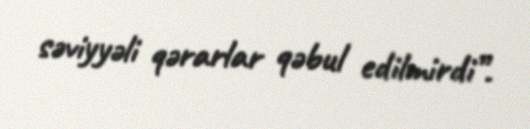
səviyyəli qərarlar qəbul edilmirdi”.